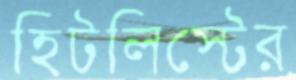
হিটলিস্টের